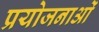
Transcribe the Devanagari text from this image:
प्रयोजनाओं